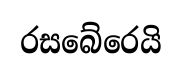
රසබේරෙයි